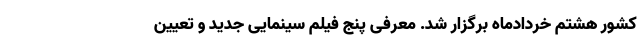
کشور هشتم خردادماه برگزار شد. معرفی پنج فیلم سینمایی جدید و تعیین